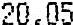
20.05